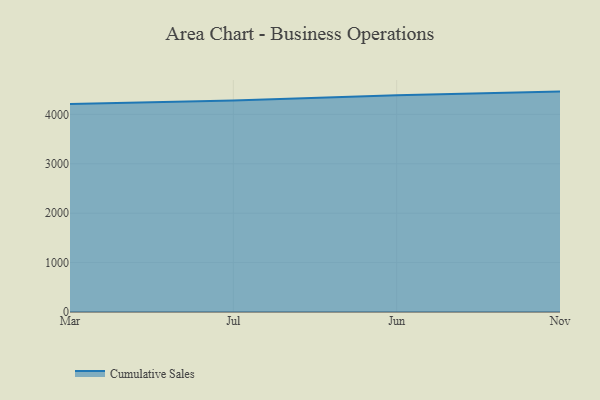
{"axis": {"x": "Month", "y": "Budget (USD K)"}, "legend": ["Cumulative Sales"], "data": [{"x": "Mar", "y": 4211.8, "type": "Cumulative Sales"}, {"x": "Jul", "y": 4280.5, "type": "Cumulative Sales"}, {"x": "Jun", "y": 4384.5, "type": "Cumulative Sales"}, {"x": "Nov", "y": 4460.8, "type": "Cumulative Sales"}]}